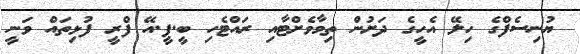
ޔުނިސެފްގެ ހިލޭ އެހީގެ ދަށުން ތިމާވެށްޓާއި ރައްޓެހި ބީ.ޕީ.އޭ ފްރީ ފުޅިތައް ވަނީ